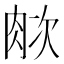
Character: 𬚺